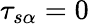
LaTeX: \tau_{s\alpha}=0